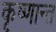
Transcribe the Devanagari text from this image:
कृष्णान्त